Vaccination in Bombay 1863-1868 - 1863-1868
Year: 1863
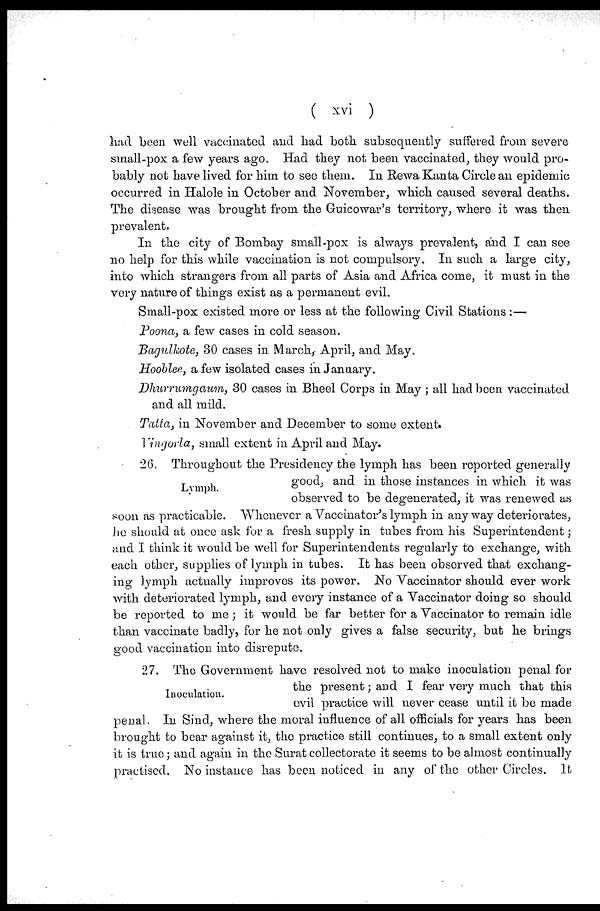
( xvi )
had been well vaccinated and had both subsequently suffered from severe
small-pox a few years ago. Had they not been vaccinated, they would pro-
bably not have lived for him to see them. In Rewa Kanta Circle an epidemic
occurred in Halole in October and November, which caused several deaths.
The disease was brought from the Guicowar's territory, where it was then
prevalent.
In the city of Bombay small-pox is always prevalent, and I can see
no help for this while vaccination is not compulsory. In such a large city,
into which strangers from all parts of Asia and Africa come, it must in the
very nature of things exist as a permanent evil.
Small-pox existed more or less at the following Civil Stations :—
Poona, a few cases in cold season.
Bagulkote, 30 cases in March, April, and May.
Hooblee, a few isolated cases in January.
Dhurrumgaum, 30 cases in Bheel Corps in May; all had been vaccinated
and all mild.
Tatta, in November and December to some extent.
Vingorla, small extent in April and May.
Lymph.
26. Throughout the Presidency the lymph has been reported generally
good, and in those instances in which it was
observed to be degenerated, it was renewed as
soon as practicable. Whenever a Vaccinator's lymph in any way deteriorates,
he should at once ask for a fresh supply in tubes from his Superintendent;
and I think it would be well for Superintendents regularly to exchange, with
each other, supplies of lymph in tubes. It has been observed that exchang-
ing lymph actually improves its power. No Vaccinator should ever work
with deteriorated lymph, and every instance of a Vaccinator doing so should
be reported to me; it would be far better for a Vaccinator to remain idle
than vaccinate badly, for he not only gives a false security, but he brings
good vaccination into disrepute.
Inoculation.
27. The Government have resolved not to make inoculation penal for
the present; and I fear very much that this
evil practice will never cease until it be made
penal. In Sind, where the moral influence of all officials for years has been
brought to bear against it, the practice still continues, to a small extent only
it is true; and again in the Surat collectorate it seems to be almost continually
practised. No instance has been noticed in any of the other Circles. It